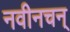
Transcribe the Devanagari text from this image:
नवीनचन्